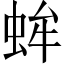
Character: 蛑